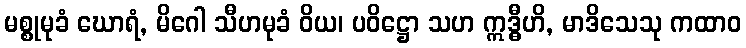
မစ္စုမုခံ ဃောရံ, မိဂေါ သီဟမုခံ ဝိယ၊ ပဝိဋ္ဌော သဟ ဣဒ္ဓီဟိ, မာဒိသေသု ကထာဝ